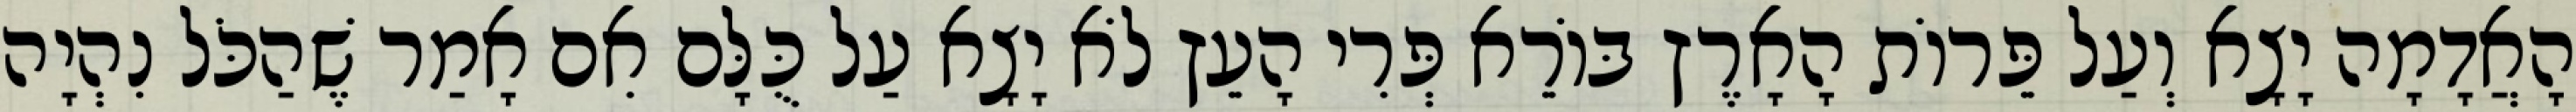
הָאֲדָמָה יָצָא וְעַל פֵּרוֹת הָאָרֶץ בּוֹרֵא פְּרִי הָעֵץ לֹא יָצָא עַל כֻּלָּם אִם אָמַר שֶׁהַכֹּל נִהְיָה